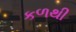
કળથી